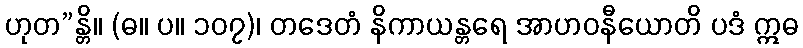
ဟုတ”န္တိ။ (ဓ။ ပ။ ၁၀၇)၊ တဒေတံ နိကာယန္တရေ အာဟဝနီယောတိ ပဒံ ဣဓ